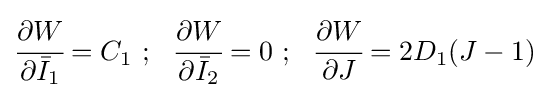
{\cfrac {\partial {W}}{\partial {\bar {I}}_{1}}}=C_{1}~;~~{\cfrac {\partial {W}}{\partial {\bar {I}}_{2}}}=0~;~~{\cfrac {\partial {W}}{\partial J}}=2D_{1}(J-1)